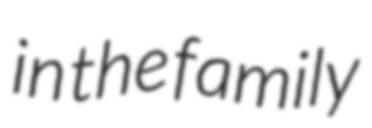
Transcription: in the family